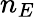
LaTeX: n_{E}